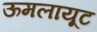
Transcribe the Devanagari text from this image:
ऊमलायूट